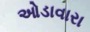
ઓડાવારા